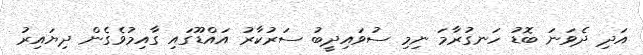
އަދި ދެވަނަ ބޮޑު ހަނގުރާމަ ނިމި ސުވައިދީބު ސަރުކާރު އައްޑޫގައި ގާއިމުވެގެން ދިޔައިރު